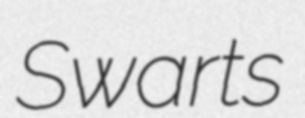
Swarts